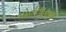
મોતીચૂરના